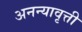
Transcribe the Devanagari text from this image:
अनन्यावृत्ती